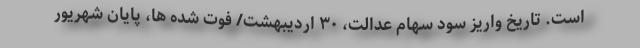
است. تاریخ واریز سود سهام عدالت، ۳۰ اردیبهشت/ فوت شده ها، پایان شهریور